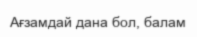
Ағзамдай дана бол, балам